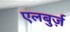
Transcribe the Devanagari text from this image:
एलबुर्ज़